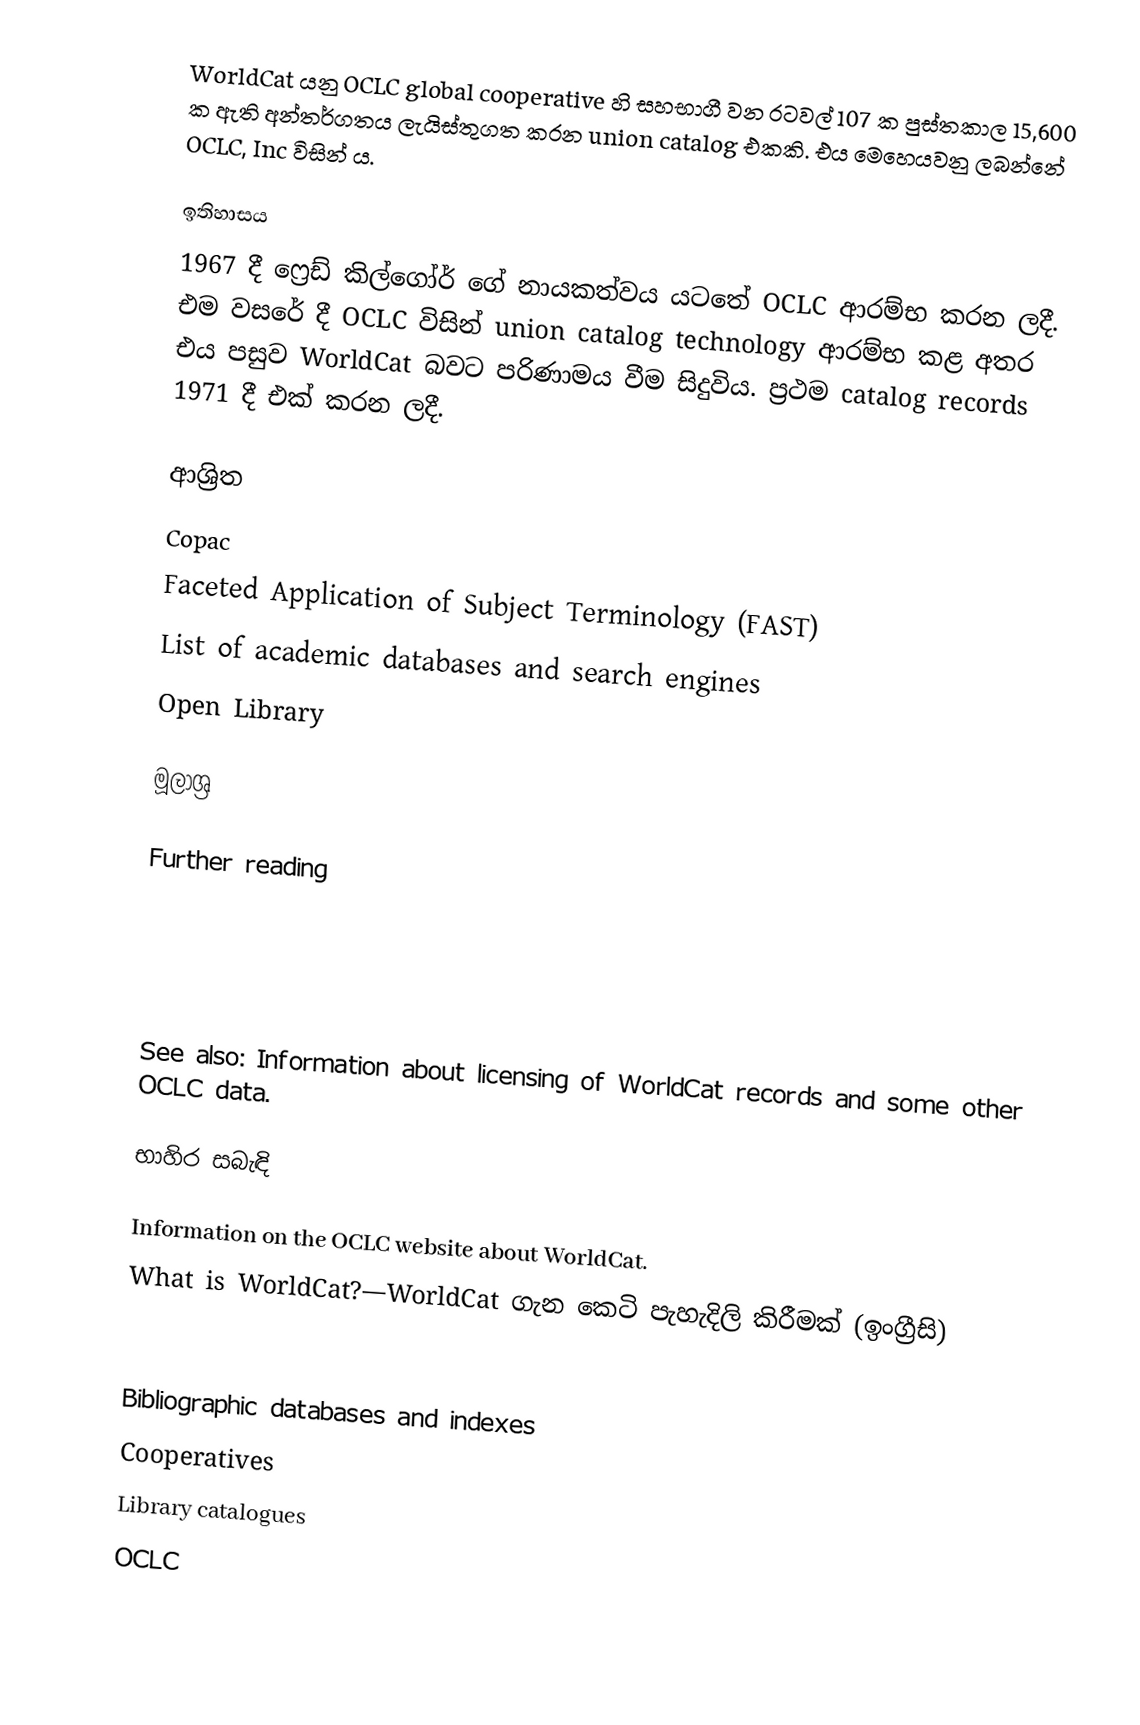
WorldCat යනු OCLC global cooperative හි සහභාගී වන රටවල් 107 ක පුස්තකාල 15,600 ක ඇති අන්තර්ගතය ලැයිස්තුගත කරන union catalog එකකි. එය මෙහෙයවනු ලබන්නේ OCLC, Inc විසින් ය.

ඉතිහාසය
1967 දී ෆ්‍රෙඩ් කිල්ගෝර් ගේ නායකත්වය යටතේ OCLC ආරම්භ කරන ලදී. එම වසරේ දී OCLC විසින් union catalog technology ආරම්භ කළ අතර එය පසුව WorldCat බවට පරිණාමය වීම සිදුවිය. ප්‍රථම catalog records 1971 දී එක් කරන ලදී.

ආශ්‍රිත
 Copac
 Faceted Application of Subject Terminology (FAST)
 List of academic databases and search engines
 Open Library

මූලාශ්‍ර

Further reading

  See also:  Information about licensing of WorldCat records and some other OCLC data.

භාහිර සබැඳි

  Information on the OCLC website about WorldCat.
 What is WorldCat?—WorldCat ගැන කෙටි පැහැදිලි කිරීමක් (ඉංග්‍රීසි)

Bibliographic databases and indexes
Cooperatives
Library catalogues
OCLC